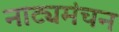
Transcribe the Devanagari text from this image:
नाट्यमंचन